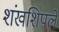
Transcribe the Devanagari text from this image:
शंखशिपले